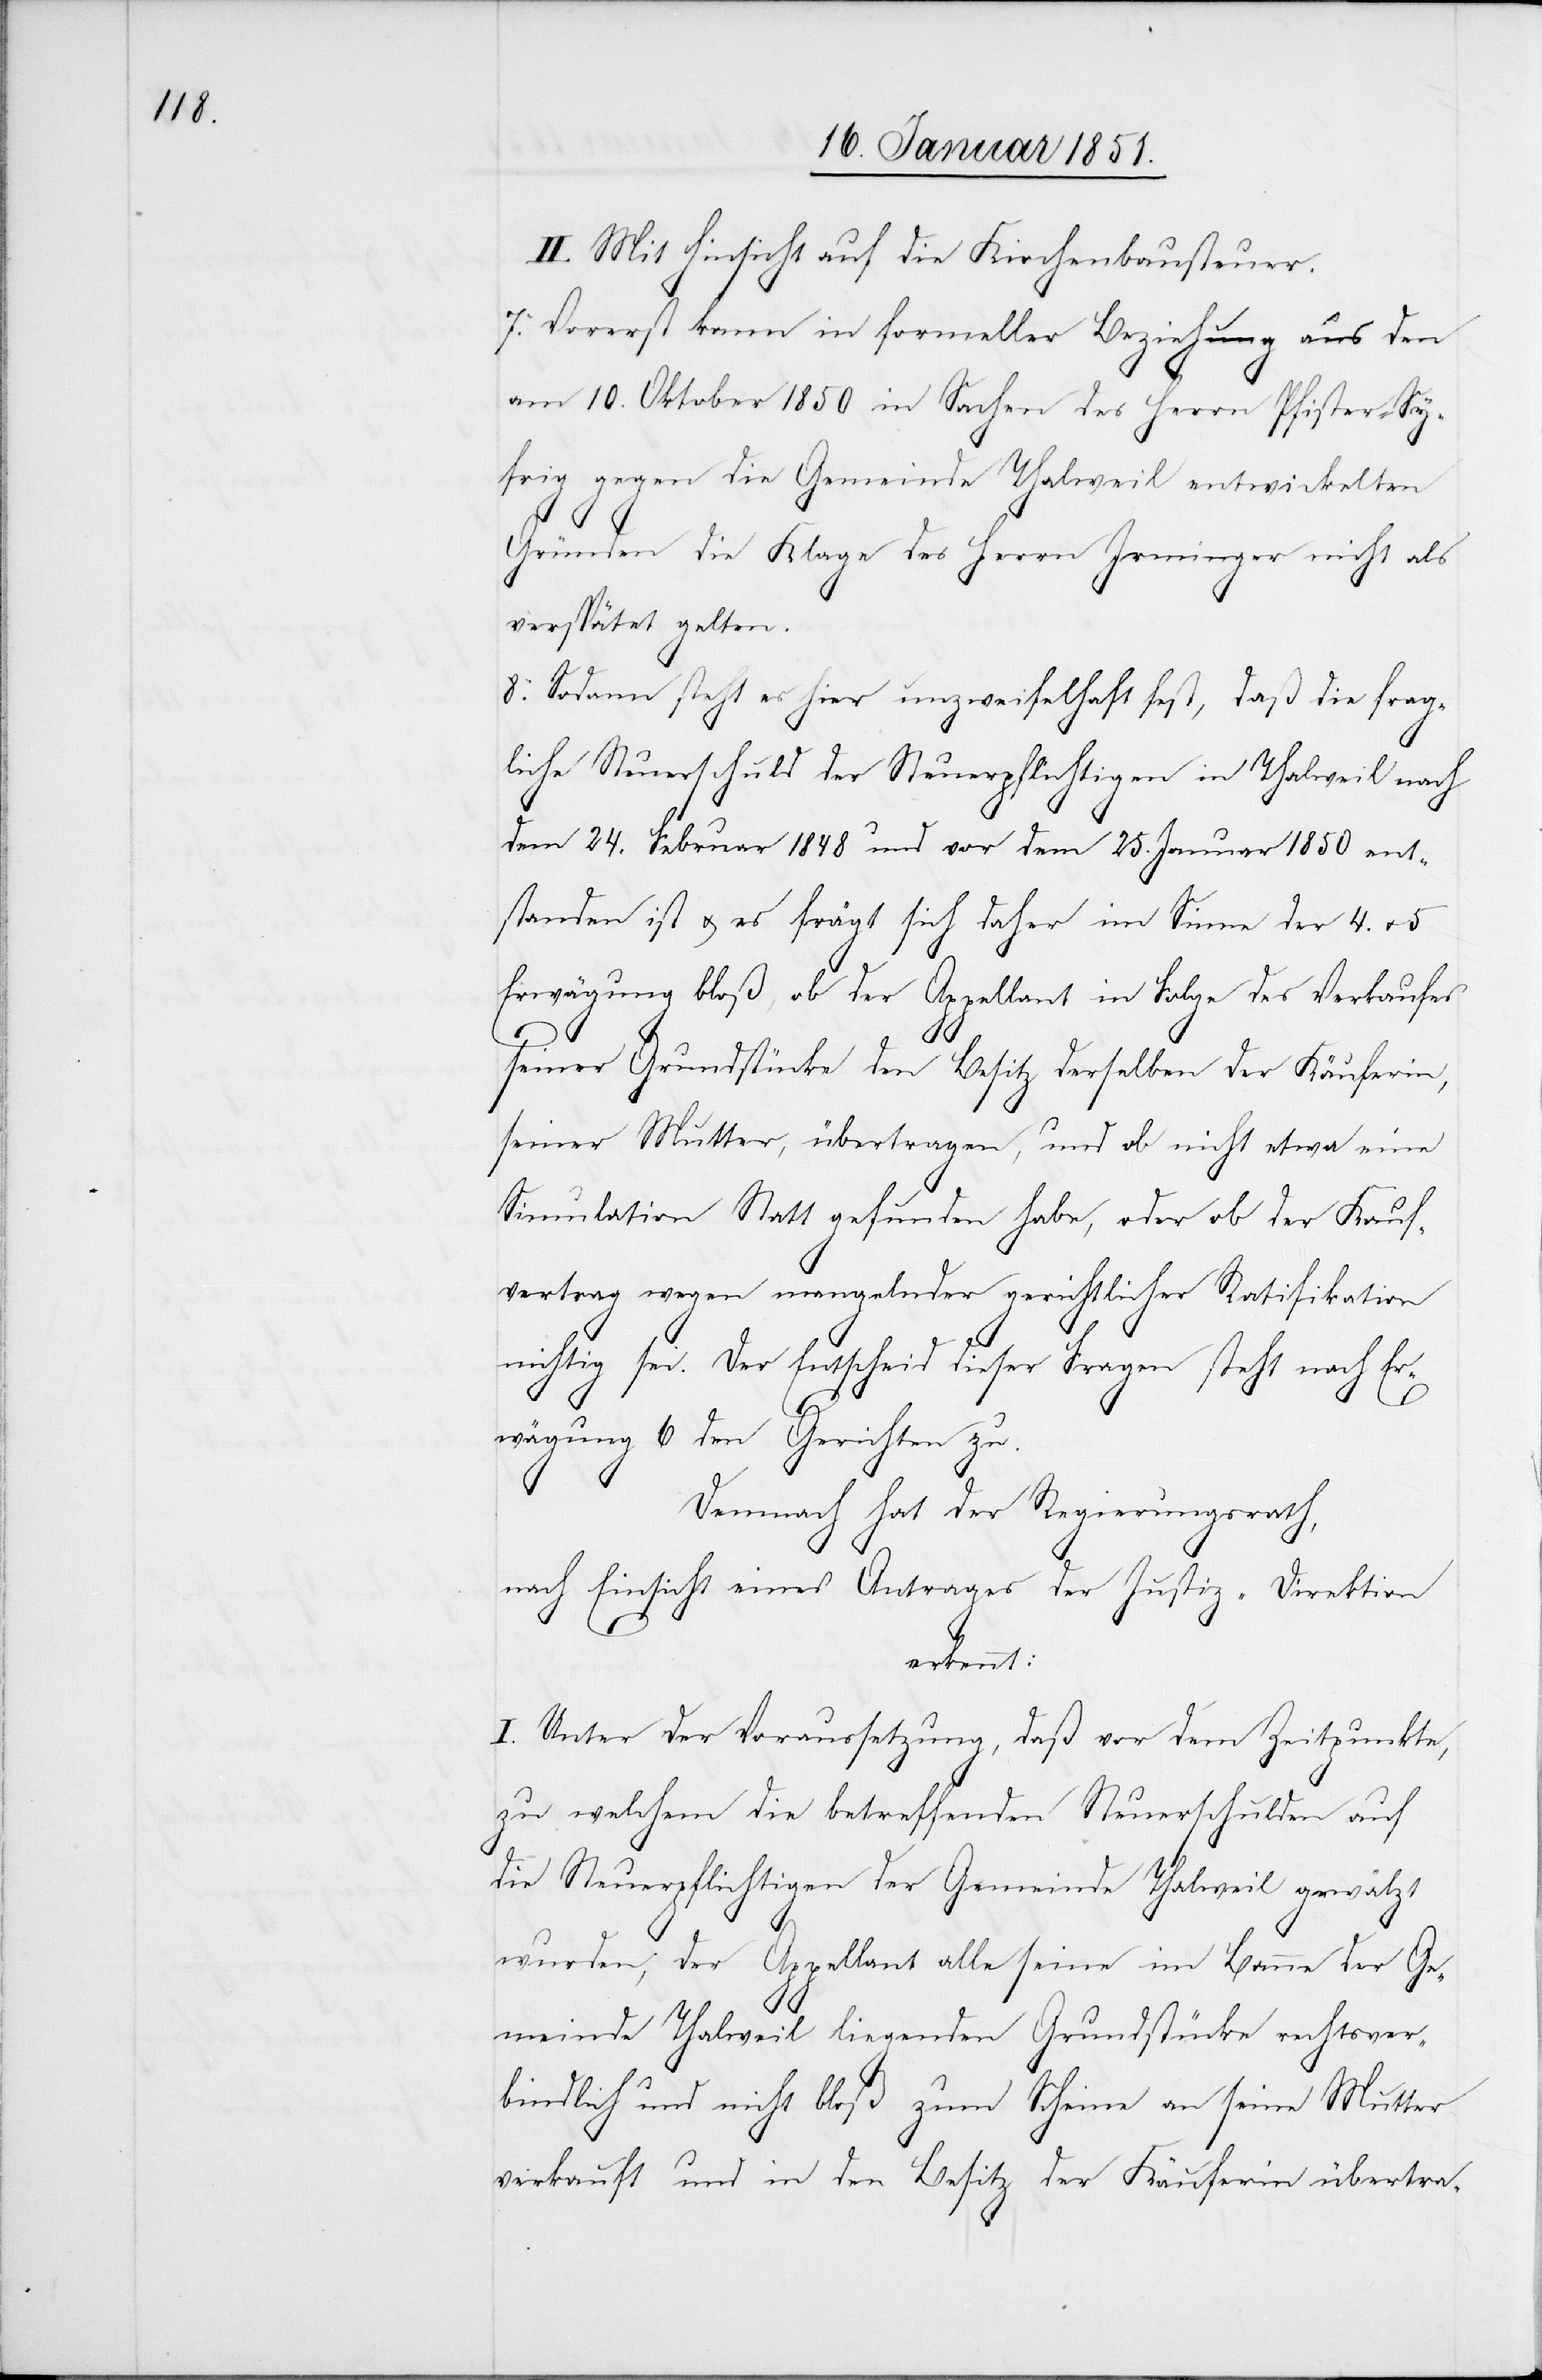
II. Mit Hinsicht auf die Kirchenbausteuer.
7. Vorerst kann in formeller Beziehung aus den
am 10. Oktober 1850 in Sachen des Herrn Pfister-Sy¬
frig gegen die Gemeinde Thalweil entwickelten
Gründen die Klage des Herrn Irminger nicht als
verspätet gelten.
8. Sodann steht es hier unzweifelhaft fest, daß die frag¬
liche Steuerschuld der Steuerpflichtigen in Thalweil nach
dem 24. Februar 1848 und vor dem 25. Januar 1850 ent¬
standen ist u. es frägt sich daher im Sinne der 4. u.
Erwägung bloß, ob der Appellant in Folge des Verkaufes
seiner Grundstücke den Besitz derselben der Käuferin,
seiner Mutter, übertragen, und ob nicht etwa eine
Simulation Statt gefunden habe, oder ob der Kauf¬
vertrag wegen mangelnder gerichtlicher Ratifikation
nichtig sei. Der Entscheid dieser Fragen steht nach Er¬
wägung 6 den Gerichten zu.
Demnach hat der Regierungsrath,
nach Einsicht eines Antrages der Justiz-Direktion
erkennt:
I. Unter der Voraussetzung, daß vor dem Zeitpunkte,
zu welchem die betreffenden Steuerschulden auf
die Steuerpflichtigen der Gemeinde Thalweil gewälzt
wurden, der Appellant alle seine im Banne der Ge¬
meinde Thalweil liegenden Grundstücke rechtsver¬
bindlich und nicht bloß zum Scheine an seine Mutter
verkauft und in den Besitz der Käuferin übertra-